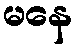
မနေ